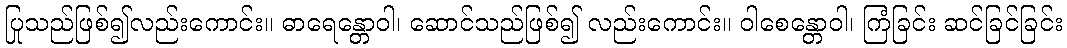
ပြုသည်ဖြစ်၍လည်းကောင်း။ ဓာရေန္တောဝါ၊ ဆောင်သည်ဖြစ်၍ လည်းကောင်း။ ဝါစေန္တောဝါ၊ ကြံခြင်း ဆင်ခြင်ခြင်း